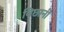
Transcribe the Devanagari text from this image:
बिछानी